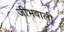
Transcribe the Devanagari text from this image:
जीभवाली